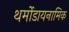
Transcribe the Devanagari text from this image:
थर्मोडायनामिक